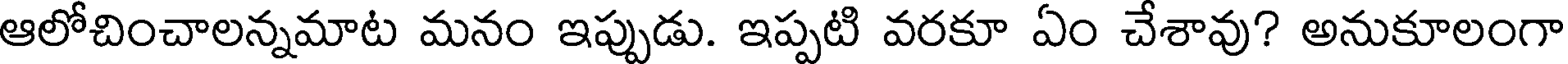
ఆలోచించాలన్నమాట మనం ఇప్పుడు. ఇప్పటి వరకూ ఏం చేశావు? అనుకూలంగా